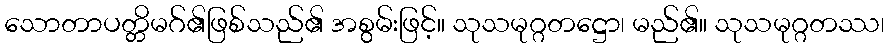
သောတာပတ္တိမဂ်၏ဖြစ်သည်၏ အစွမ်းဖြင့်။ သုသမုဂ္ဂတဋ္ဌော၊ မည်၏။ သုသမုဂ္ဂတဿ၊